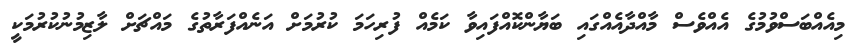
މިއެއްބަސްވުމުގެ އެއްވެސް މާއްދާއެއްގައި ބަޔާންކޮއްފައިވާ ކަމެއް ފުރިހަމަ ކުރުމަށް އަނެއްފަރާތުގެ މައްޗަށް ލާޒިމުނުކުރުމަކީ